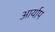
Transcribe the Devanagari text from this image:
आर्याप